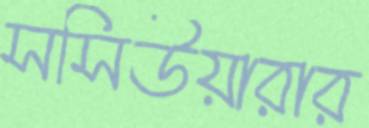
সসিউয়ারার